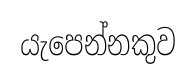
යැපෙන්නකුව